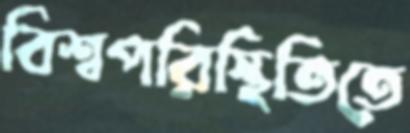
বিশ্বপরিস্থিতিতে